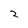
Character: 2